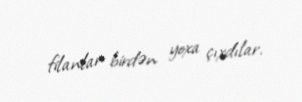
filanlar birdən yoxa çıxdılar.